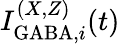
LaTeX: I_{\mathrm{GABA},i}^{(X,Z)}(t)